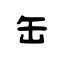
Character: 缶